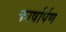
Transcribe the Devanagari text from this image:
कार्षार्पण